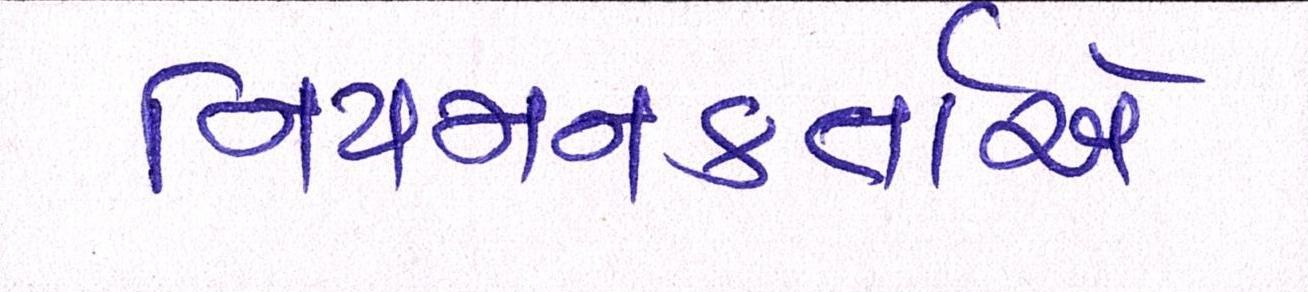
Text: નિયમનકર્તાએ